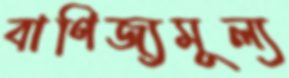
বাণিজ্যমূল্য